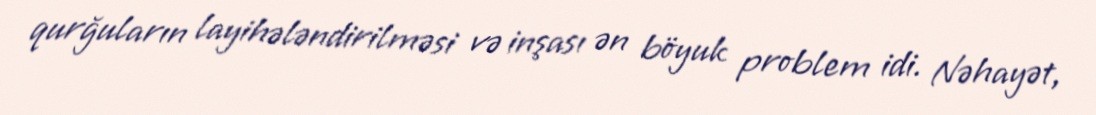
qurğuların layihələndirilməsi və inşası ən böyuk problem idi. Nəhayət,